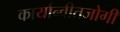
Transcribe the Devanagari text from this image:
कार्यान्वीतजोगी